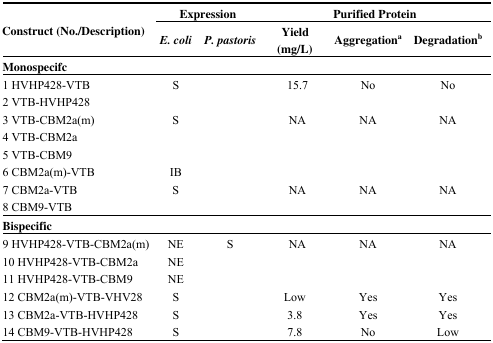
<table><thead><tr><td rowspan="3"><b>Construct (No./Description)</b></td><td colspan="2"><b>Expression</b></td><td colspan="3"><b>Purified Protein</b></td></tr><tr><td><b><i>E. coli</i></b></td><td><b><i>P. pastoris</i></b></td><td><b>Yield (mg/L)</b></td><td><b>Aggregation<sup>a</sup></b></td><td><b>Degradation<sup>b</sup></b></td></tr></thead><tbody><tr><td colspan="6"><b>Monospecifc</b></td></tr><tr><td>1 HVHP428-VTB</td><td>S</td><td></td><td>15.7</td><td>No</td><td>No</td></tr><tr><td>2 VTB-HVHP428</td><td></td><td></td><td></td><td></td><td></td></tr><tr><td>3 VTB-CBM2a(m)</td><td>S</td><td></td><td>NA</td><td>NA</td><td>NA</td></tr><tr><td>4 VTB-CBM2a</td><td></td><td></td><td></td><td></td><td></td></tr><tr><td>5 VTB-CBM9</td><td></td><td></td><td></td><td></td><td></td></tr><tr><td>6 CBM2a(m)-VTB</td><td>IB</td><td></td><td></td><td></td><td></td></tr><tr><td>7 CBM2a-VTB</td><td>S</td><td></td><td>NA</td><td>NA</td><td>NA</td></tr><tr><td>8 CBM9-VTB</td><td></td><td></td><td></td><td></td><td></td></tr><tr><td colspan="6"><b>Bispecific</b></td></tr><tr><td>9 HVHP428-VTB-CBM2a(m)</td><td>NE</td><td>S</td><td>NA</td><td>NA</td><td>NA</td></tr><tr><td>10 HVHP428-VTB-CBM2a</td><td>NE</td><td></td><td></td><td></td><td></td></tr><tr><td>11 HVHP428-VTB-CBM9</td><td>NE</td><td></td><td></td><td></td><td></td></tr><tr><td>12 CBM2a(m)-VTB-VHV28</td><td>S</td><td></td><td>Low</td><td>Yes</td><td>Yes</td></tr><tr><td>13 CBM2a-VTB-HVHP428</td><td>S</td><td></td><td>3.8</td><td>Yes</td><td>Yes</td></tr><tr><td>14 CBM9-VTB-HVHP428</td><td>S</td><td></td><td>7.8</td><td>No</td><td>Low</td></tr></tbody></table>